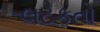
લટકતો